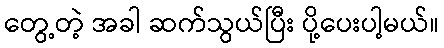
တွေ့တဲ့ အခါ ဆက်သွယ်ပြီး ပို့ပေးပါ့မယ်။